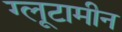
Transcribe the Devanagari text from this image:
ग्लूटामीन